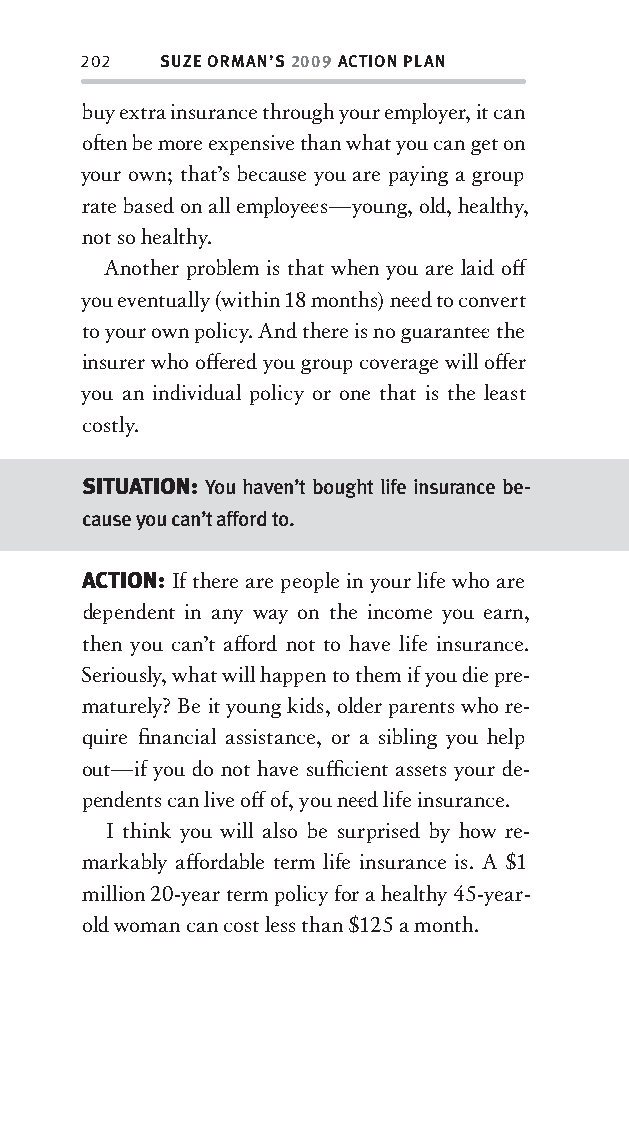
202  SUZE ORMAN’S 2009 ACTION PLAN
 buy extra insurance through your employer, it can
 oft en be more expensive than what you can get on
 your own; that’s because you are paying a group
 rate based on all employee s—young, old, healthy,
 not so healthy.
 Another problem is that when you are laid off
 you eventually (within 18 months) nee d to convert
 to your own policy. And there is no guarantee the
 insurer who off ered you group coverage will off er
 you an individual policy or one that is the least
 costly.
 SITUATION: You haven’t bought life insurance be-
 cause you can’t afford to.
 ACTION: If there are people in your life who are
 dependent in any way on the income you earn,
 then you can’t aff ord not to have life insurance.
 Seriously, what will happen to them if you die pre-
 maturely? Be it young kids, older parents who re-
 quire fi nancial assistance, or a sibling you help
 out—if you do not have suffi cient assets your de-
 pendents can live off of, you nee d life insurance.
 I think you will also be surprised by how re-
 markably aff ordable term life insurance is. A $1
 million 20-year term policy for a healthy 45-year-
 old woman can cost less than $125 a month.
 OOrrmmaa__99778800338855553300993344__44pp__aallll__rr11..iinndddd 220022 1122//33//0088 99::3311::4411 AAMM